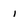
Character: 1